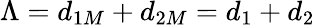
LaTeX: \Lambda=d_{1M}+d_{2M}=d_{1}+d_{2}